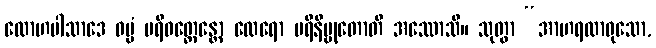
လောဟပါသာဒေ ဓမ္မံ ပရိဝတ္တေန္တော ထေရော ပရိနိဗ္ဗုတောတိ အဿောသိ။ သုတွာ “အာဟရထာဝုသော,